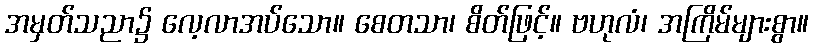
အမှတ်သညာ၌ လေ့လာအပ်သော။ စေတသာ၊ စိတ်ဖြင့်။ ဗဟုလံ၊ အကြိမ်များစွာ။